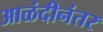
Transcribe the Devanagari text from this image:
आळंदीनंतर